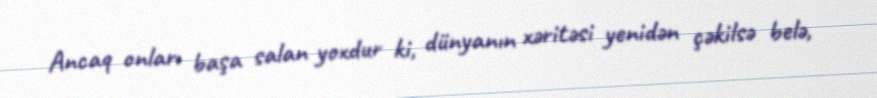
Ancaq onları başa salan yoxdur ki, dünyanın xəritəsi yenidən çəkilsə belə,